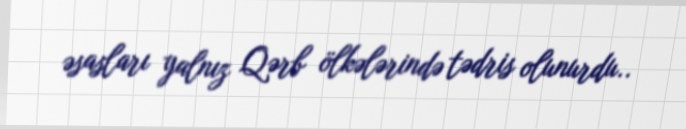
əsasları yalnız Qərb ölkələrində tədris olunurdu..